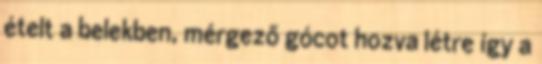
ételt a belekben, mérgező gócot hozva létre így a